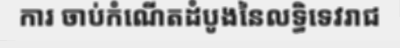
ការ ចាប់កំណើតដំបូងនៃលទ្ធិទេវរាជ